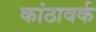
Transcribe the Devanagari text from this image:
कांठावर्क